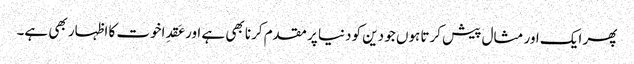
پھر ایک اور مثال پیش کرتا ہوں جو دین کو دنیا پر مقدم کرنا بھی ہے اور عَقدِاخوت کا اظہار بھی ہے۔